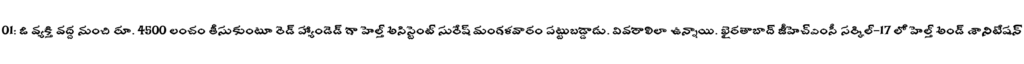
01: ఓ వ్యక్తి వద్ద నుంచి రూ. 4500 లంచం తీసుకుంటూ రెడ్ హ్యాండెడ్ గా హెల్త్ అసిస్టెంట్ సురేష్ మంగళవారం పట్టుబడ్డాడు. వివరాలిలా ఉన్నాయి. ఖైరతాబాద్ జీహెచ్ఎంసీ సర్కిల్-17 లో హెల్త్ అండ్ శానిటేషన్